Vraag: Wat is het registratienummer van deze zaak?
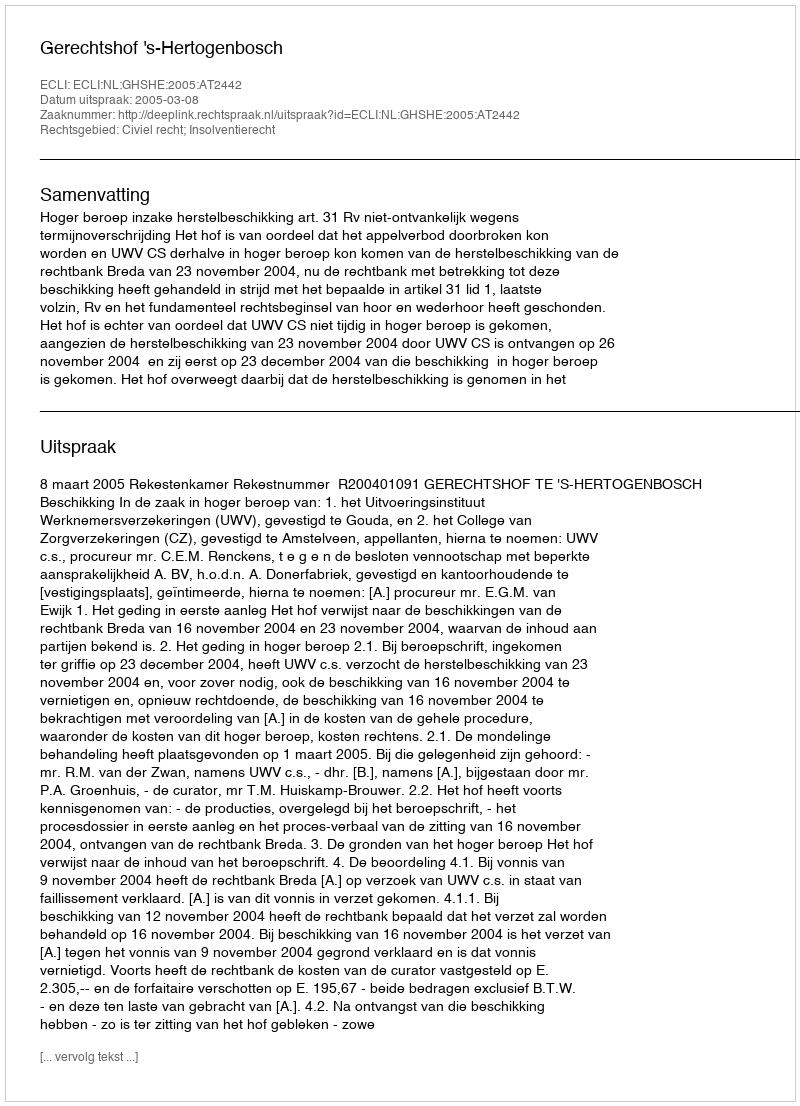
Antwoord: http://deeplink.rechtspraak.nl/uitspraak?id=ECLI:NL:GHSHE:2005:AT2442